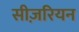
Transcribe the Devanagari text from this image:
सीज़रियन